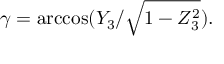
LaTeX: \gamma = \operatorname { a r c c o s } ( Y _ { 3 } / { \sqrt { 1 - Z _ { 3 } ^ { 2 } } } ) .